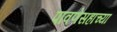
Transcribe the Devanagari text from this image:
पावणेसहाच्या